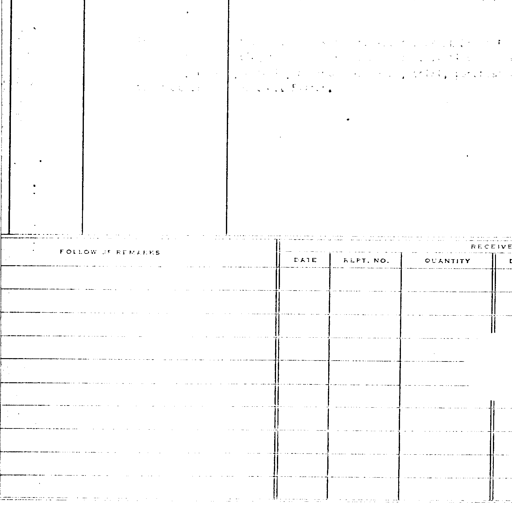
FOLLOW UP REMARKS
RECEIVE
DATE
REPT. NO.
QUANTITY